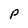
Character: p